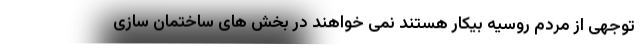
توجهی از مردم روسیه بیکار هستند نمی خواهند در بخش های ساختمان سازی